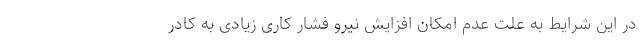
در این شرایط به علت عدم امکان افزایش نیرو فشار کاری زیادی به کادر